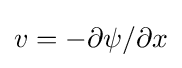
v=-\partial \psi /\partial x